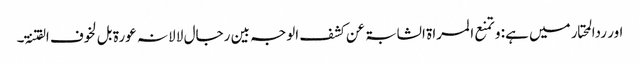
اور ردالمحتار میں ہے: و تمنع ا لمراۃ الشابۃ عن کشف الوجہ بین رجال لا لانہ عورۃ بل لخوف الفتنۃ۔